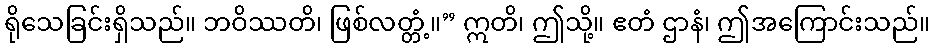
ရိုသေခြင်းရှိသည်။ ဘဝိဿတိ၊ ဖြစ်လတ္တံ့။” ဣတိ၊ ဤသို့။ ဧတံ ဌာနံ၊ ဤအကြောင်းသည်။